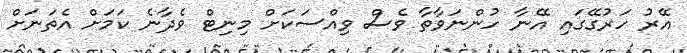
އޭރު ހަރުގޭގައި އޭނާ ހުންނަވާތާ ވެސް ވިއްސަކަށް މިނިޓް ވެދާނެ ކަމަށް އެތަނަށް